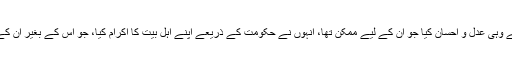
چنانچہ انہوں نے پہلے وہی عدل و احسان کیا جو ان کے لیے ممکن تھا، انہوں نے حکومت کے ذریعے اپنے اہل بیت کا اکرام کیا، جو اس کے بغیر ان کے لیے ممکن نہیں تھا۔